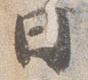
日